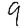
Digit: 9